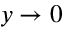
y \rightarrow 0